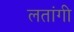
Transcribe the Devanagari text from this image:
लतांगी